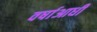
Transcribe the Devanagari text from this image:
वर्षाआधी